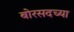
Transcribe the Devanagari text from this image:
बोरसदच्या